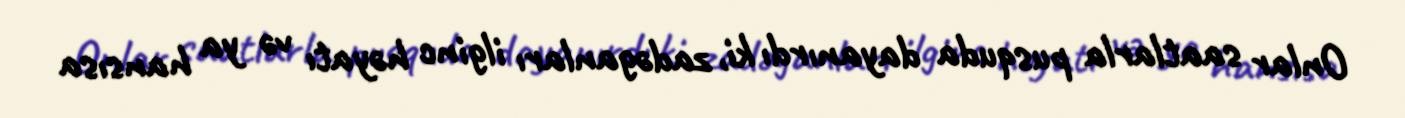
Onlar saatlarla pusquda dayanırdı ki, zadəganları ilginc həyatı və ya hansısa